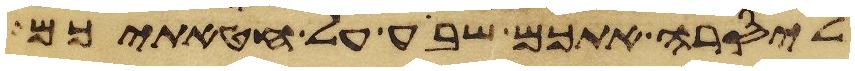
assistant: ליסרה אתכם שבע על חטאתיכם